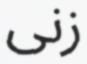
زنى